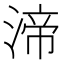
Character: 渧